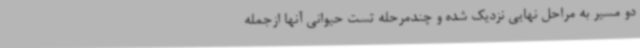
دو مسیر به مراحل نهایی نزدیک شده و چندمرحله تست حیوانی آنها ازجمله